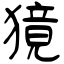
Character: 獍